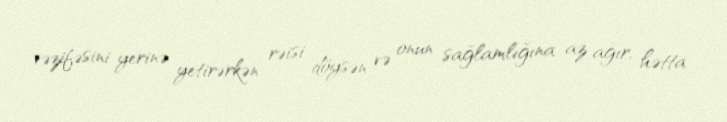
vəzifəsini yerinə yetirərkən rəisi döysən və onun sağlamlığına az ağır, hətta